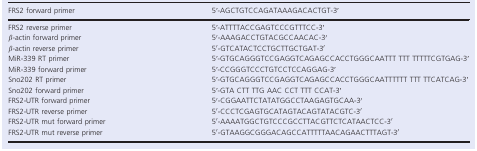
<table><thead><tr><td><b>FRS2 forward primer</b></td><td><b>5ʹ‐AGCTGTCCAGATAAAGACACTGT‐3ʹ</b></td></tr></thead><tbody><tr><td>FRS2 reverse primer</td><td>5ʹ‐ATTTTACCGAGTCCCGTTTCC‐3ʹ</td></tr><tr><td><i>β</i>‐actin forward primer</td><td>5′‐AAAGACCTGTACGCCAACAC‐3′</td></tr><tr><td><i>β</i>‐actin reverse primer</td><td>5′‐GTCATACTCCTGCTTGCTGAT‐3′</td></tr><tr><td>MiR‐339 RT primer</td><td>5ʹ‐GTGCAGGGTCCGAGGTCAGAGCCACCTGGGCAATTT TTT TTTTTCGTGAG‐3ʹ</td></tr><tr><td>MiR‐339 forward primer</td><td>5ʹ‐CCGGGTCCCTGTCCTCCAGGAG‐3ʹ</td></tr><tr><td>Sno202 RT primer</td><td>5ʹ‐GTGCAGGGTCCGAGGTCAGAGCCACCTGGGCAATTTTTT TTT TTCATCAG‐3ʹ</td></tr><tr><td>Sno202 forward primer</td><td>5ʹ‐GTA CTT TTG AAC CCT TTT CCAT‐3ʹ</td></tr><tr><td>FRS2‐UTR forward primer</td><td>5′‐CGGAATTCTATATGGCCTAAGAGTGCAA‐3′</td></tr><tr><td>FRS2‐UTR reverse primer</td><td>5′‐CCCTCGAGTGCATAGTACAGTATACGTC‐3′</td></tr><tr><td>FRS2‐UTR mut forward primer</td><td>5′‐AAAATGGCTGTCCCGCCTTACGTTCTCATAACTCC‐3′</td></tr><tr><td>FRS2‐UTR mut reverse primer</td><td>5′‐GTAAGGCGGGACAGCCATTTTTAACAGAACTTTAGT‐3′</td></tr></tbody></table>